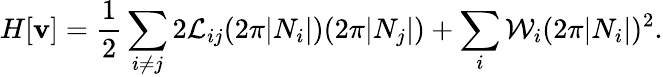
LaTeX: H[{\mathbf v}]=\frac{1}{2}\sum_{i\neq j}2{\cal L}_{ij}(2\pi|N_{i}|)(2\pi|N_{j}|)+\sum_{i}{\cal W}_{i}(2\pi|N_{i}|)^{2}.